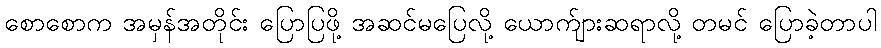
စောစောက အမှန်အတိုင်း ပြောပြဖို့ အဆင်မပြေလို့ ယောက်ျားဆရာလို့ တမင် ပြောခဲ့တာပါ